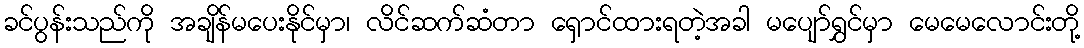
ခင်ပွန်းသည်ကို အချိန်မပေးနိုင်မှာ၊ လိင်ဆက်ဆံတာ ရှောင်ထားရတဲ့အခါ မပျော်ရွှင်မှာ မေမေလောင်းတို့